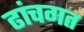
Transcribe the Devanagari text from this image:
ढांचगत